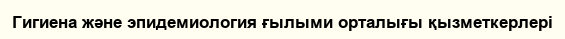
Гигиена және эпидемиология ғылыми орталығы қызметкерлері